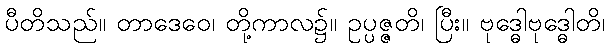
ပီတိသည်။ တာဒေဝေ၊ တို့ကာလ၌။ ဥပ္ပဇ္ဇတိ၊ ပြီး။ ဗုဒ္ဓေါဗုဒ္ဓေါတိ၊